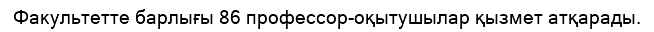
Факультетте барлығы 86 профессор-оқытушылар қызмет атқарады.